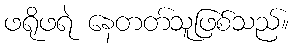
ဖရိုဖရဲ နေတတ်သူဖြစ်သည်။